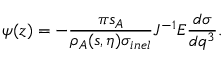
\psi ( z ) = - \frac { \pi s _ { A } } { \rho _ { A } ( s , \eta ) \sigma _ { i n e l } } J ^ { - 1 } E \frac { d \sigma } { d q ^ { 3 } } .